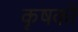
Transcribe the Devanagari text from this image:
कॄषकों